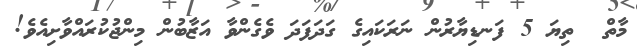
މާތް  ތިޔަ 5 ފަނޑިޔާރުން ނަރަކައިގެ ގަދަފަދަ ވެގެންވާ އަޒާބުން މިންޖުކުރައްވާށިއެވެ!